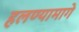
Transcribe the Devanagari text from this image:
हलण्यामागे